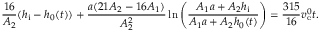
\frac { 1 6 } { A _ { 2 } } ( h _ { \mathrm { i } } - h _ { 0 } ( t ) ) + \frac { a ( 2 1 A _ { 2 } - 1 6 A _ { 1 } ) } { A _ { 2 } ^ { 2 } } \ln { \left( \frac { A _ { 1 } a + A _ { 2 } h _ { \mathrm { i } } } { A _ { 1 } a + A _ { 2 } h _ { 0 } ( t ) } \right) } = \frac { 3 1 5 } { 1 6 } v _ { \mathrm { e } } ^ { 0 } t .